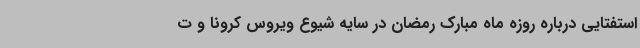
استفتایی درباره روزه ماه مبارک رمضان در سایه شیوع ویروس کرونا و ت